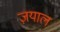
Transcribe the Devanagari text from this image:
ज़याल